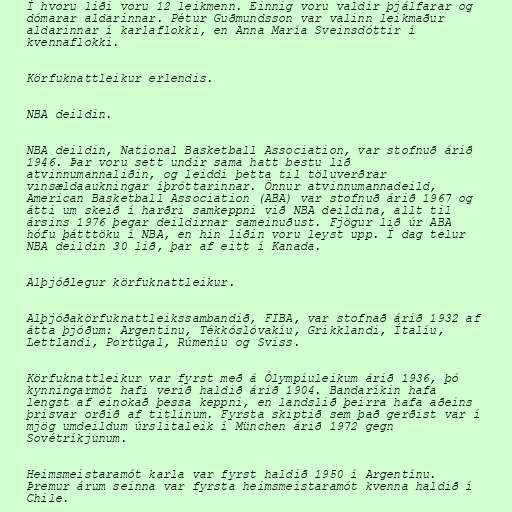
Í hvoru liði voru 12 leikmenn. Einnig voru valdir þjálfarar og
dómarar aldarinnar. Pétur Guðmundsson var valinn leikmaður
aldarinnar í karlaflokki, en Anna María Sveinsdóttir í
kvennaflokki.

Körfuknattleikur erlendis.

NBA deildin.

NBA deildin, National Basketball Association, var stofnuð árið
1946. Þar voru sett undir sama hatt bestu lið
atvinnumannaliðin, og leiddi þetta til töluverðrar
vinsældaaukningar íþróttarinnar. Önnur atvinnumannadeild,
American Basketball Association (ABA) var stofnuð árið 1967 og
átti um skeið í harðri samkeppni við NBA deildina, allt til
ársins 1976 þegar deildirnar sameinuðust. Fjögur lið úr ABA
hófu þátttöku í NBA, en hin liðin voru leyst upp. Í dag telur
NBA deildin 30 lið, þar af eitt í Kanada.

Alþjóðlegur körfuknattleikur.

Alþjóðakörfuknattleikssambandið, FIBA, var stofnað árið 1932 af
átta þjóðum: Argentínu, Tékkóslóvakíu, Grikklandi, Ítalíu,
Lettlandi, Portúgal, Rúmeníu og Sviss.

Körfuknattleikur var fyrst með á Ólympíuleikum árið 1936, þó
kynningarmót hafi verið haldið árið 1904. Bandaríkin hafa
lengst af einokað þessa keppni, en landslið þeirra hafa aðeins
þrisvar orðið af titlinum. Fyrsta skiptið sem það gerðist var í
mjög umdeildum úrslitaleik í München árið 1972 gegn
Sovétríkjunum.

Heimsmeistaramót karla var fyrst haldið 1950 í Argentínu.
Þremur árum seinna var fyrsta heimsmeistaramót kvenna haldið í
Chile.